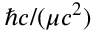
\hbar c / ( \mu c ^ { 2 } )